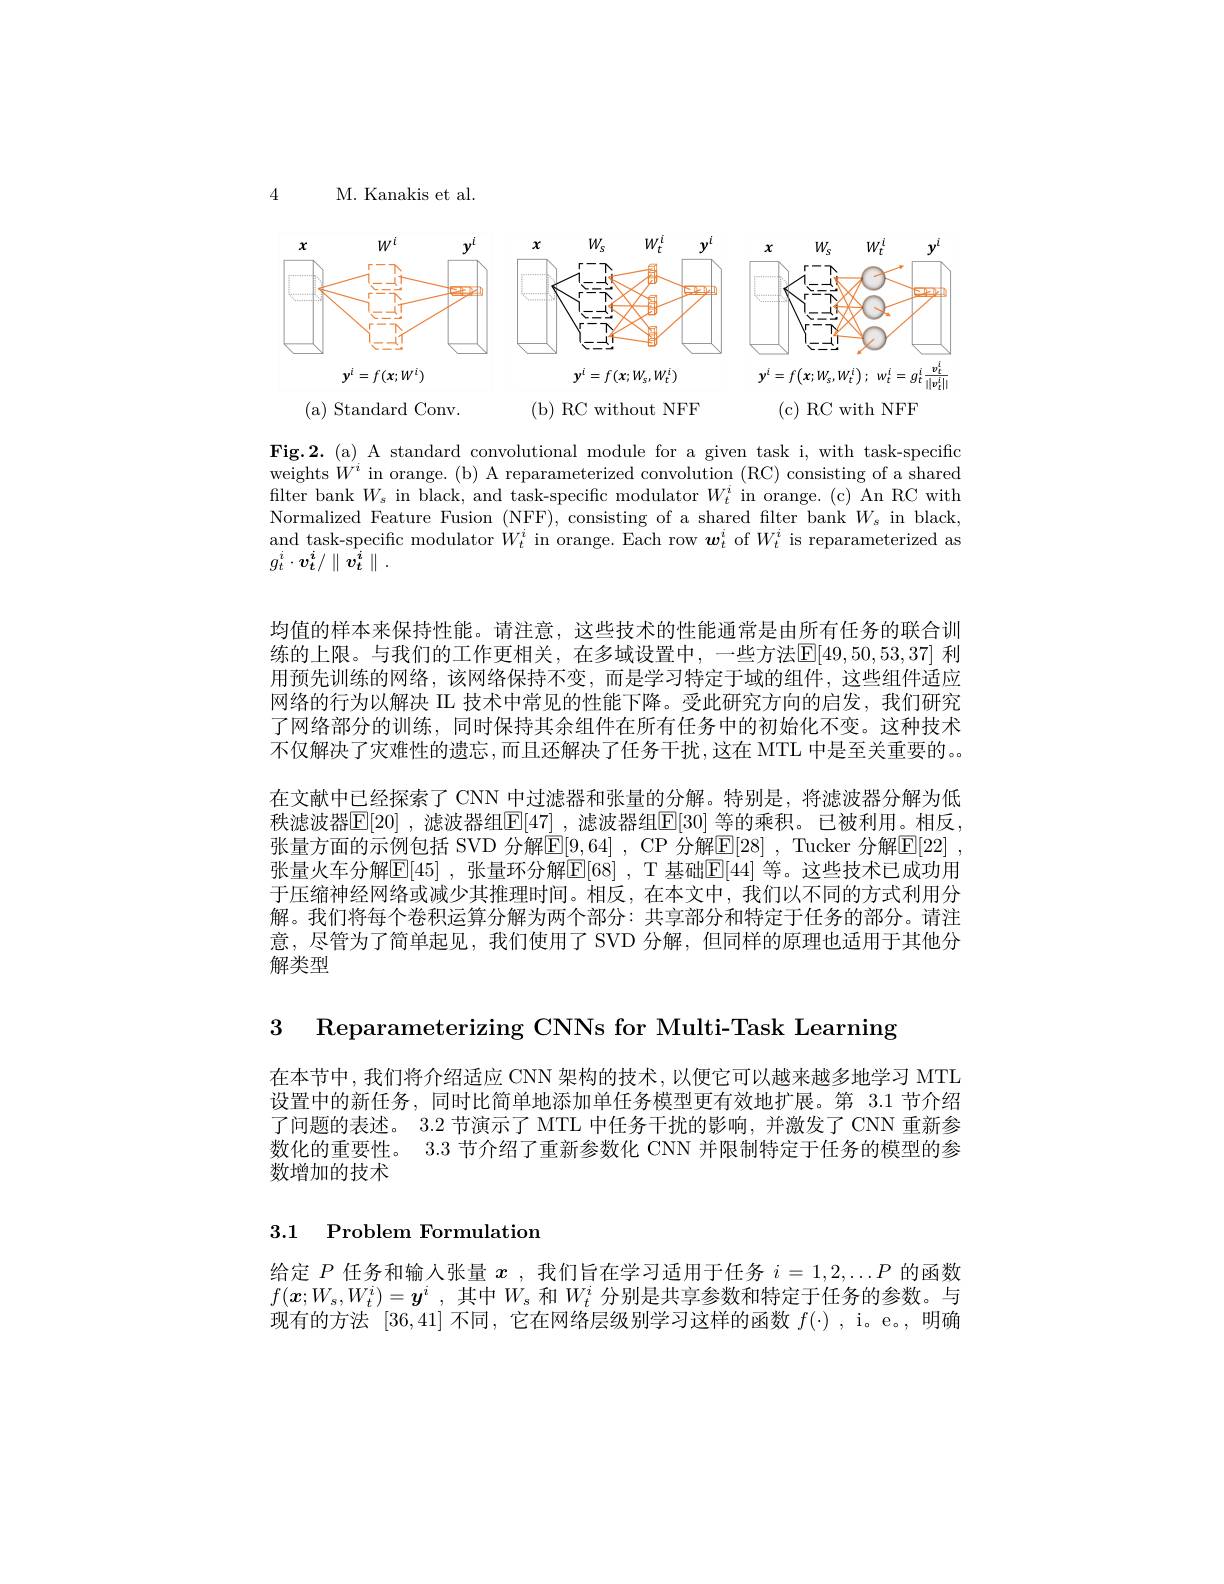
4

M. Kanakis et al.

<FigureHere>

( b) RC without NFF

(c) RC with NFF

( a) Standard Conv.

Fig.2.(a) A standard convolutional module for a given task i, with task-specific weights $W^{'i}$ in orange. (b) A reparameterized convolution (RC) consisting of a shared filter bank $W_s$ in black, and task-specific modulator $W_t^i$ in orange.(c) An RC with Normalized Feature Fusion (NFF), consisting of a shared filter bank $W_s$ in black, and task-specific modulator $\dot{W}_t^i$ in orange. Each row $\boldsymbol w_t^i$ of $W_t^i$ is reparameterized as $g_{t}^{i}\cdot\boldsymbol{v}_{t}^{i}/\parallel\bar{v_{t}^{i}}\parallel.$

均值的样本来保持性能。请注意，这些技术的性能通常是由所有任务的联合训练的上限。与我们的工作更相关，在多域设置中，一些方法[E[49,50,53,37] 利用预先训练的网络，该网络保持不变，而是学习特定于域的组件，这些组件适应网络的行为以解决 IL 技术中常见的性能下降。受此研究方向的启发，我们研究了网络部分的训练，同时保持其余组件在所有任务中的初始化不变。这种技术不仅解决了灾难性的遗忘，而且还解决了任务干扰，这在 MTL 中是至关重要的。在文献中已经探索了 CNN 中过滤器和张量的分解。特别是，将滤波器分解为低秩滤波器$\mathbb{E}[20]$ ,滤波器组$\mathbb{E}[47]$ ,滤波器组$\mathbb{E}[30]$ 等的乘积。已被利用。相反， 张量方面的示例包括 SVD 分解E[9,64] , CP 分解E[28] , Tucker 分解[E[22] , 张量火车分解$\mathbb{E}[45]$ ,张量环分解$\mathbb{E}[68]$ ,T 基础$\mathbb{E}[44]$ 等。这些技术已成功用于压缩神经网络或减少其推理时间。相反，在本文中，我们以不同的方式利用分解。我们将每个卷积运算分解为两个部分：共享部分和特定于任务的部分。请注意，尽管为了简单起见，我们使用了 SVD 分解，但同样的原理也适用于其他分解类型

3 Reparameterizing CNNs for Multi-Task Learning

在本节中，我们将介绍适应 CNN 架构的技术，以便它可以越来越多地学习 MTL 设置中的新任务，同时比简单地添加单任务模型更有效地扩展。第 3.1 节介绍了问题的表述。3.2 节演示了 MTL 中任务干扰的影响，并激发了 CNN 重新参数化的重要性。3.3 节介绍了重新参数化 CNN 并限制特定于任务的模型的参数增加的技术

## 3.1 Problem Formulation

给定$P$任务和输入张量$x$ ,我们旨在学习适用于任务$i=1,2,\ldots P$的函数$f( \boldsymbol{x}; W_{s}, W_{t}^{i}) = \boldsymbol{y}^{i}$ , 其中$W_s$ 和$W_t^i$ 分别是共享参数和特定于任务的参数。与现有的方法[36,41]不同，它在网络层级别学习这样的函数$f( \cdot )$ , i. e. , 明确